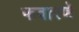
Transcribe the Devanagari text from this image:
फवारणे